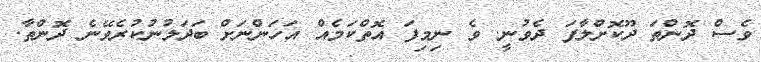
ވެސް ދޮންތަ ދޫކޮށްލާފަ ދެވުނީ. ވެ ނިމިފަ އޮތްކަމެއް އަހަންނަށް ބަދަލުނުކުރެވޭނެ ދޮންތާ.